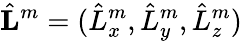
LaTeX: \hat{\mathbf L}^{m}=(\hat{L}_{x}^{m},\hat{L}_{y}^{m},\hat{L}_{z}^{m})